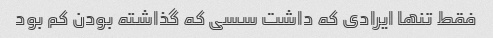
فقط تنها ایرادی که داشت سسی که گذاشته بودن کم بود